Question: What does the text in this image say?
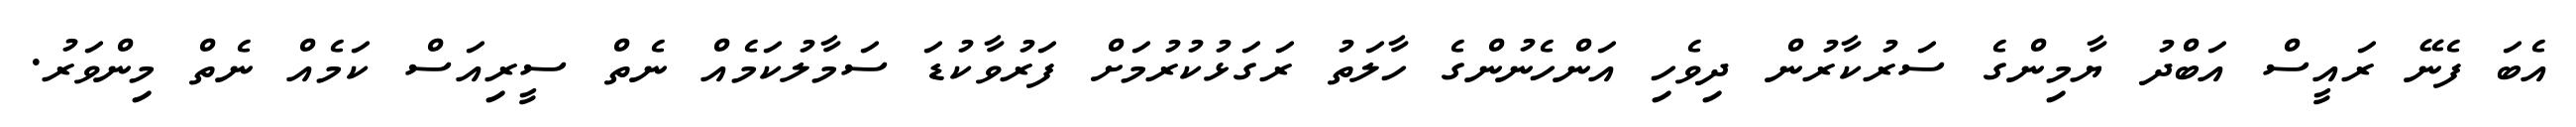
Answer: އެބަ ފެނޭ ރައީސް އަބްދު ޔާމިންގެ ސަރުކާރުން ދިވެހި އަންހެނުންގެ ހާލަތު ރަގަޅުކުރުމަށް ފަރުވާކުޑަ ސަމާލުކަމެއް ނެތް ސީރިއަސް ކަމެއް ނެތް މިންވަރު.